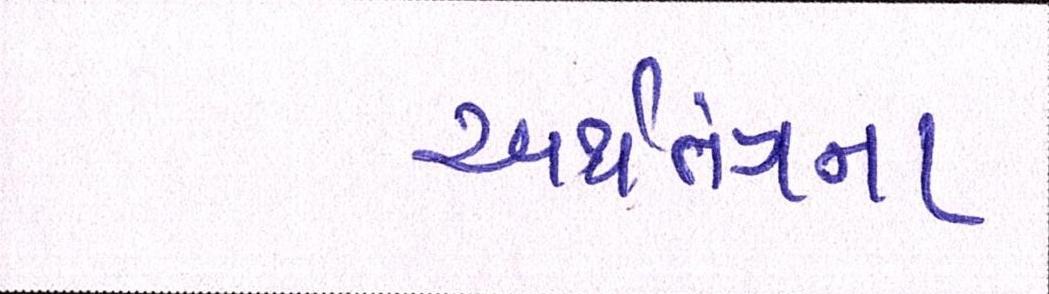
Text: અર્થતંત્રના